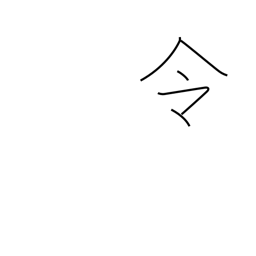
Meaning: command